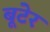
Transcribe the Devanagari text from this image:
बूटेर